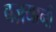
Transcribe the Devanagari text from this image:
बज़यानी